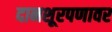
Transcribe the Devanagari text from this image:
दानशूरपणावर